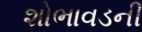
શોભાવડની